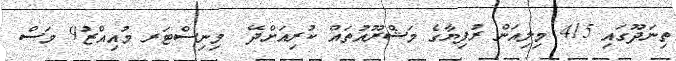
ތިނަދޫގައި 415 މިލިއަން ރުފިޔާގެ މަޝްރޫއުތައް ކުރިއަށްދޭ  މިނިސްޓަރ މުއިއްޒު9 މަސް